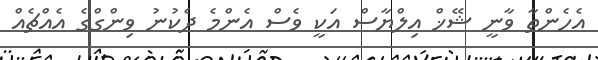
އެހެންތާ ވާނީ ޝޭޚް އިލްޔާސް އަކީ ވެސް އެންމެ ދެކުނު ވިންގްގެ އެއްޗެއް